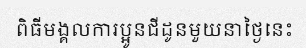
ពិធីមង្គលការប្អូនជីដូនមួយនាថ្ងៃនេះ